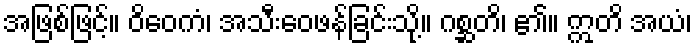
အဖြစ်ဖြင့်။ ဝိဝေကံ၊ အသီးဝေဖန်ခြင်းသို့။ ဂစ္ဆတိ၊ ၏။ ဣတိ အယံ၊